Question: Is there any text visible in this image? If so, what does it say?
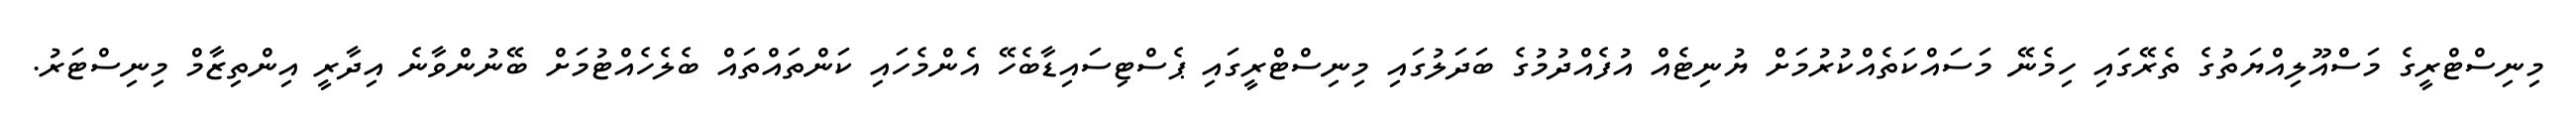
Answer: މިނިސްޓްރީގެ މަސްއޫލިއްޔަތުގެ ތެރޭގައި ހިމެނޭ މަސައްކަތެއްކުރުމަށް ޔުނިޓެއް އުފެއްދުމުގެ ބަދަލުގައި މިނިސްޓްރީގައި ޕެސްޓިސައިޑާބެހޭ އެންމެހައި ކަންތައްތައް ބެލެހެއްޓުމަށް ބޭނުންވާނެ އިދާރީ އިންތިޒާމް މިނިސްޓަރު.